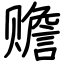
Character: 赡